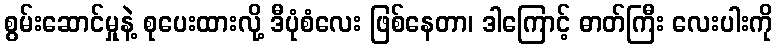
စွမ်းဆောင်မှုနဲ့ စုပေးထားလို့ ဒီပုံစံလေး ဖြစ်နေတာ၊ ဒါကြောင့် ဓာတ်ကြီး လေးပါးကို